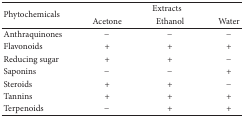
<table><thead><tr><td rowspan="2"><b>Phytochemicals</b></td><td colspan="3"><b>Extracts </b></td></tr><tr><td><b>Acetone</b></td><td><b>Ethanol</b></td><td><b>Water</b></td></tr></thead><tbody><tr><td>Anthraquinones</td><td>−</td><td>−</td><td>−</td></tr><tr><td>Flavonoids</td><td>+</td><td>+</td><td>+</td></tr><tr><td>Reducing sugar</td><td>+</td><td>+</td><td>−</td></tr><tr><td>Saponins</td><td>−</td><td>−</td><td>+</td></tr><tr><td>Steroids</td><td>+</td><td>+</td><td>−</td></tr><tr><td>Tannins</td><td>+</td><td>+</td><td>+</td></tr><tr><td>Terpenoids</td><td>−</td><td>+</td><td>+</td></tr></tbody></table>